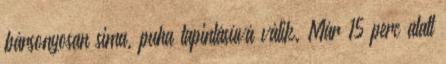
bársonyosan sima, puha tapintásúvá válik. Már 15 perc alatt